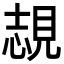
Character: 覟